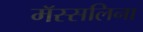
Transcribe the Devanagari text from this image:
मॅस्सलिना